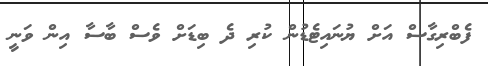
ފެބްރިގާސް އަށް ޔުނައިޓެޑުން ކުރި ދެ ބިޑަށް ވެސް ބާސާ އިން ވަނީ